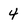
Character: 4